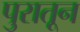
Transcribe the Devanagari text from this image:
पुरातून